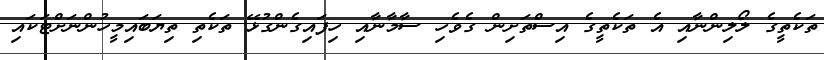
ތަކެތީގެ ލޯލިންނާއި އެ ތަކެތީގެ އިސްތަށިން ގެވެހި ސާމާނާއި ހިފައިގެންގުޅޭ ތަކެތި ތިޔަބައިމީހުންނަށްޓަކައި